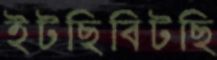
ইটছিবিটছি